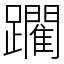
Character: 躙